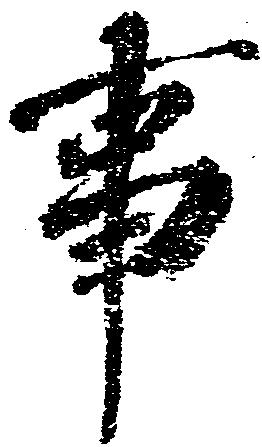
事